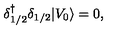
\delta { ^ \dagger _ { 1 / 2 } } \delta _ { 1 / 2 } \vert V _ { 0 } \rangle = 0 ,